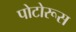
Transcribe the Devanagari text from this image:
पोटोरूस